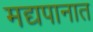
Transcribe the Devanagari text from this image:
मद्यपानात